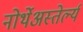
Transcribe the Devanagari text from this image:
नोर्थेअस्तेर्ल्य